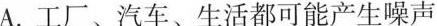
A.工厂、汽车、生活都可能产生噪声